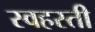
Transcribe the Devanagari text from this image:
स्वहस्ती